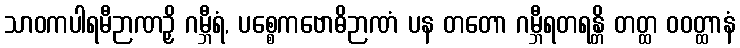
သာဝကပါရမီဉာဏဉှိ ဂမ္ဘီရံ, ပစ္စေကဗောဓိဉာဏံ ပန တတော ဂမ္ဘီရတရန္တိ တတ္ထ ဝဝတ္ထာနံ